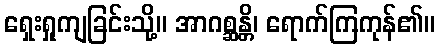
ရှေးရှုကျခြင်းသို့။ အာဂစ္ဆန္တိ၊ ရောက်ကြကုန်၏။